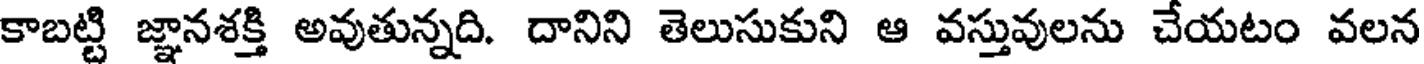
కాబట్టి జ్ఞానశక్తి అవుతున్నది. దానిని తెలుసుకుని ఆ వస్తువులను చేయటం వలన